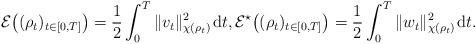
LaTeX: \begin{align*} \mathcal E\bigl((\rho_t)_{t\in[0,T]}\bigr) = \frac 12\int_0^T\|v_t\|_{\chi(\rho_t)}^2\;\!\mathrm dt,\mathcal E^\star\bigl((\rho_t)_{t\in[0,T]}\bigr) = \frac 12\int_0^T\|w_t\|_{\chi(\rho_t)}^2\;\!\mathrm dt.\end{align*}